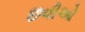
છવીઓ